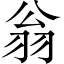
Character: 翁